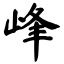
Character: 峰